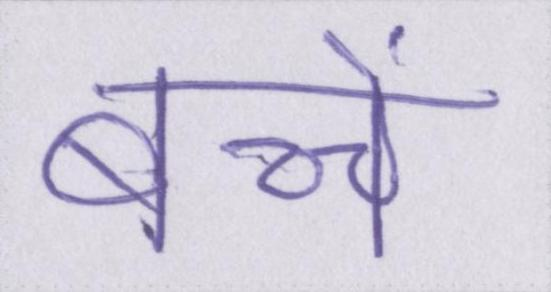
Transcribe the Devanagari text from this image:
बच्चें